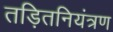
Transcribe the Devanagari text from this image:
तड़ितनियंत्रण